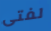
لفتى